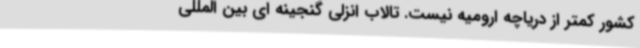
کشور کمتر از دریاچه ارومیه نیست. تالاب انزلی گنجینه ای بین المللی